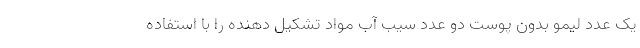
یک عدد لیمو بدون پوست دو عدد سیب آب مواد تشکیل دهنده را با استفاده